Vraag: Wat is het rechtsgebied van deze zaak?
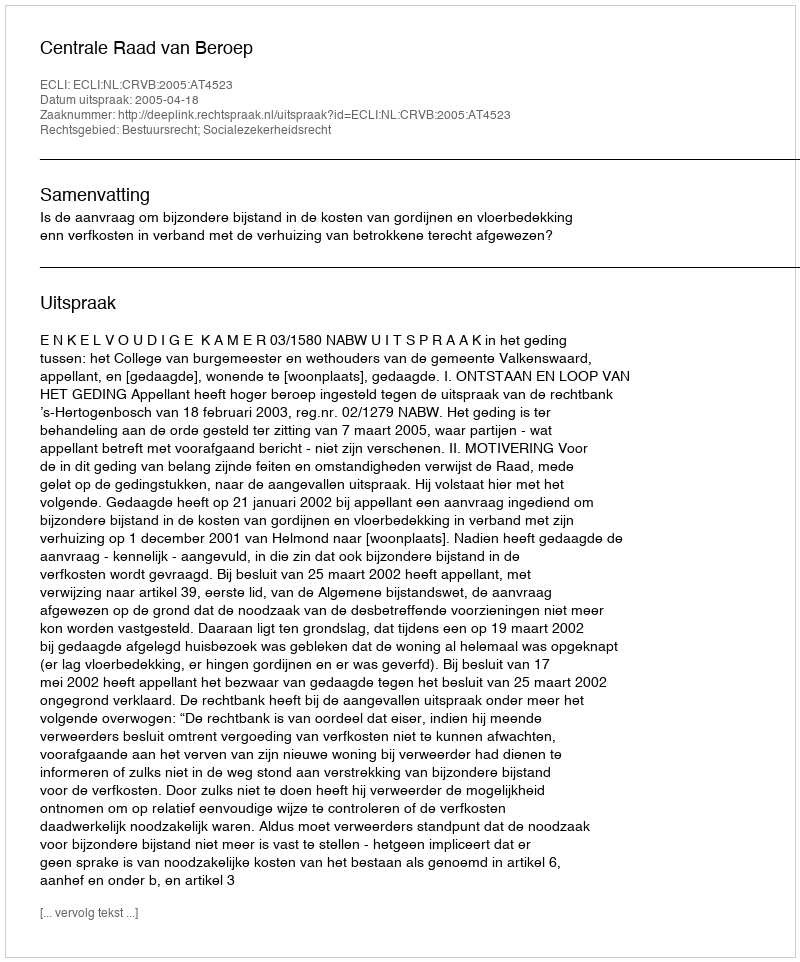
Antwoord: Bestuursrecht; Socialezekerheidsrecht